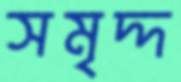
সমৃদ্দ